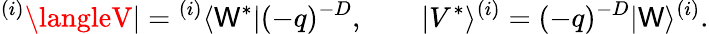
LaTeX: {}^{(i)}\langleV|={}^{(i)}\langle\mathsf{W}^{*}|(-q)^{-D},\qquad|V^{*}\rangle^{(i)}=(-q)^{-D}|\mathsf{W}\rangle^{(i)}.